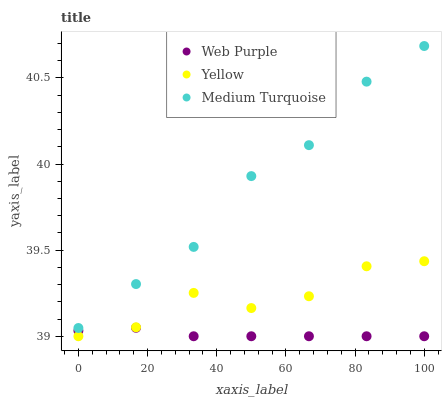
| xaxis_label | Web Purple | Yellow | Medium Turquoise |
 | --- | --- | --- | --- |
 | 0 | 39 | 39 | 39 |
 | 16.7 | 39 | 39.1 | 39.3 |
 | 33.3 | 39 | 39.3 | 39.5 |
 | 50 | 39 | 39.2 | 39.9 |
 | 66.7 | 39 | 39.2 | 40.1 |
 | 83.3 | 39 | 39.4 | 40.5 |
 | 100 | 39 | 39.4 | 40.7 |